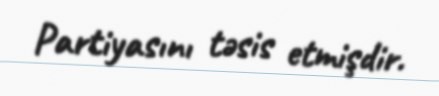
Partiyasını təsis etmişdir.